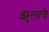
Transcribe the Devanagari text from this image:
झुलावै